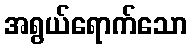
အရွယ်ရောက်သော